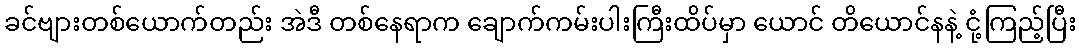
ခင်ဗျားတစ်ယောက်တည်း အဲဒီ တစ်နေရာက ချောက်ကမ်းပါးကြီးထိပ်မှာ ယောင် တိယောင်နနဲ့ ငုံ့ကြည့်ပြီး